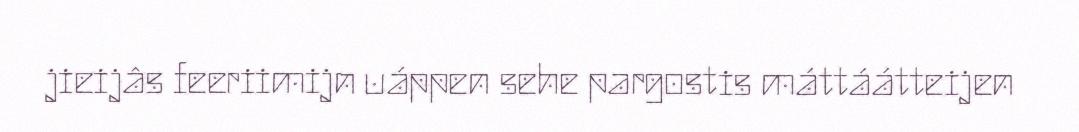
jieijâs feeriimijn uáppen sehe pargostis máttáátteijen